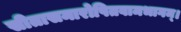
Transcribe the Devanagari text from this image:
सीतासमारोपितवामभागम्।